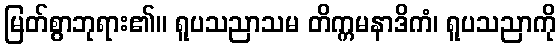
မြတ်စွာဘုရား၏။ ရူပသညာသမ တိက္ကမနာဒိကံ၊ ရူပသညာကို